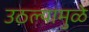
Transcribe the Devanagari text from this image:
उठल्यामुळे